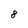
Character: 8